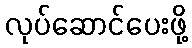
လုပ်ဆောင်ပေးဖို့